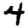
Digit: 4